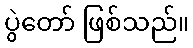
ပွဲတော် ဖြစ်သည်။